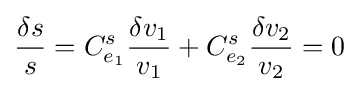
{\frac {\delta s}{s}}=C_{e_{1}}^{s}{\frac {\delta v_{1}}{v_{1}}}+C_{e_{2}}^{s}{\frac {\delta v_{2}}{v_{2}}}=0